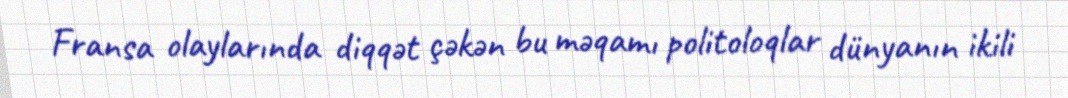
Fransa olaylarında diqqət çəkən bu məqamı politoloqlar dünyanın ikili